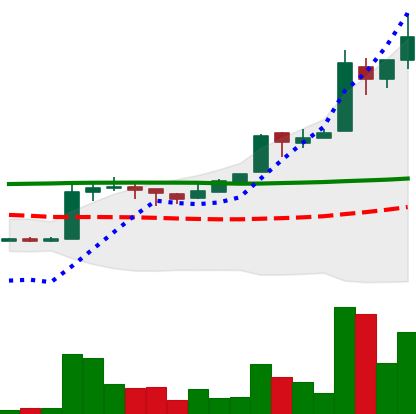
Ticker: EOS-USD
Chart end date: 2018-04-27
Forward return: 15.25%
Label: up_7plus